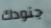
جنودك